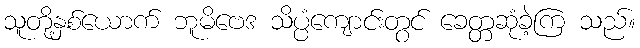
သူတို့နှစ်ယောက် ဘူမိဗေဒ သိပ္ပံကျောင်းတွင် ခေတ္တဆုံခဲ့ကြ သည်။